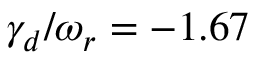
\gamma _ { d } / \omega _ { r } = - 1 . 6 7 \